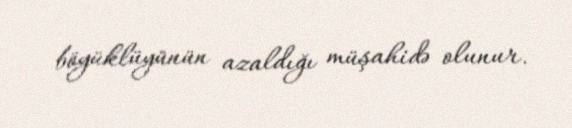
böyüklüyünün azaldığı müşahidə olunur.